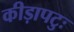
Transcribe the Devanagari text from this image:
कीड़ापटुः